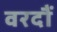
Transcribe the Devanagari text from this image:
वरदौं